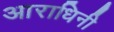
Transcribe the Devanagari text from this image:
आराधिनी